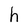
Character: h